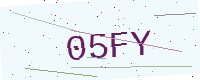
Text: 05FY